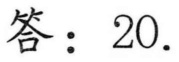
答：\(20\).